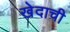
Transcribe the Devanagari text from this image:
खेदाची